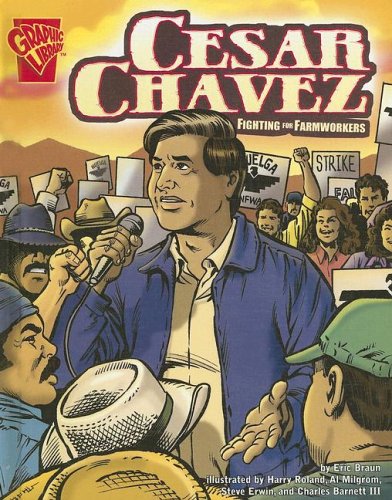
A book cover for Cesar Chavez: Fighting for Farmworkers (Graphic Biographies); Eric Braun; Children's Books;